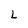
Character: L